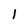
Character: 1